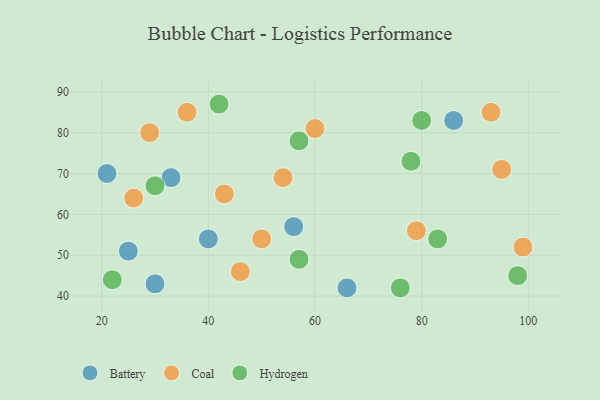
{"axis": {"x": "GDP", "y": "Life Expectancy"}, "legend": ["Battery", "Coal", "Hydrogen"], "data": [{"x": "56", "y": 57, "type": "Battery"}, {"x": "25", "y": 51, "type": "Battery"}, {"x": "21", "y": 70, "type": "Battery"}, {"x": "33", "y": 69, "type": "Battery"}, {"x": "40", "y": 54, "type": "Battery"}, {"x": "30", "y": 43, "type": "Battery"}, {"x": "66", "y": 42, "type": "Battery"}, {"x": "86", "y": 83, "type": "Battery"}, {"x": "93", "y": 85, "type": "Coal"}, {"x": "36", "y": 85, "type": "Coal"}, {"x": "29", "y": 80, "type": "Coal"}, {"x": "79", "y": 56, "type": "Coal"}, {"x": "46", "y": 46, "type": "Coal"}, {"x": "99", "y": 52, "type": "Coal"}, {"x": "43", "y": 65, "type": "Coal"}, {"x": "95", "y": 71, "type": "Coal"}, {"x": "50", "y": 54, "type": "Coal"}, {"x": "26", "y": 64, "type": "Coal"}, {"x": "54", "y": 69, "type": "Coal"}, {"x": "60", "y": 81, "type": "Coal"}, {"x": "98", "y": 45, "type": "Hydrogen"}, {"x": "76", "y": 42, "type": "Hydrogen"}, {"x": "42", "y": 87, "type": "Hydrogen"}, {"x": "30", "y": 67, "type": "Hydrogen"}, {"x": "57", "y": 78, "type": "Hydrogen"}, {"x": "22", "y": 44, "type": "Hydrogen"}, {"x": "80", "y": 83, "type": "Hydrogen"}, {"x": "57", "y": 49, "type": "Hydrogen"}, {"x": "78", "y": 73, "type": "Hydrogen"}, {"x": "83", "y": 54, "type": "Hydrogen"}]}